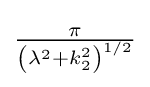
{\textstyle {\frac {\pi }{\left(\lambda ^{2}+k_{2}^{2}\right)^{1/2}}}}